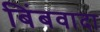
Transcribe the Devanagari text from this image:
बिंबवादा